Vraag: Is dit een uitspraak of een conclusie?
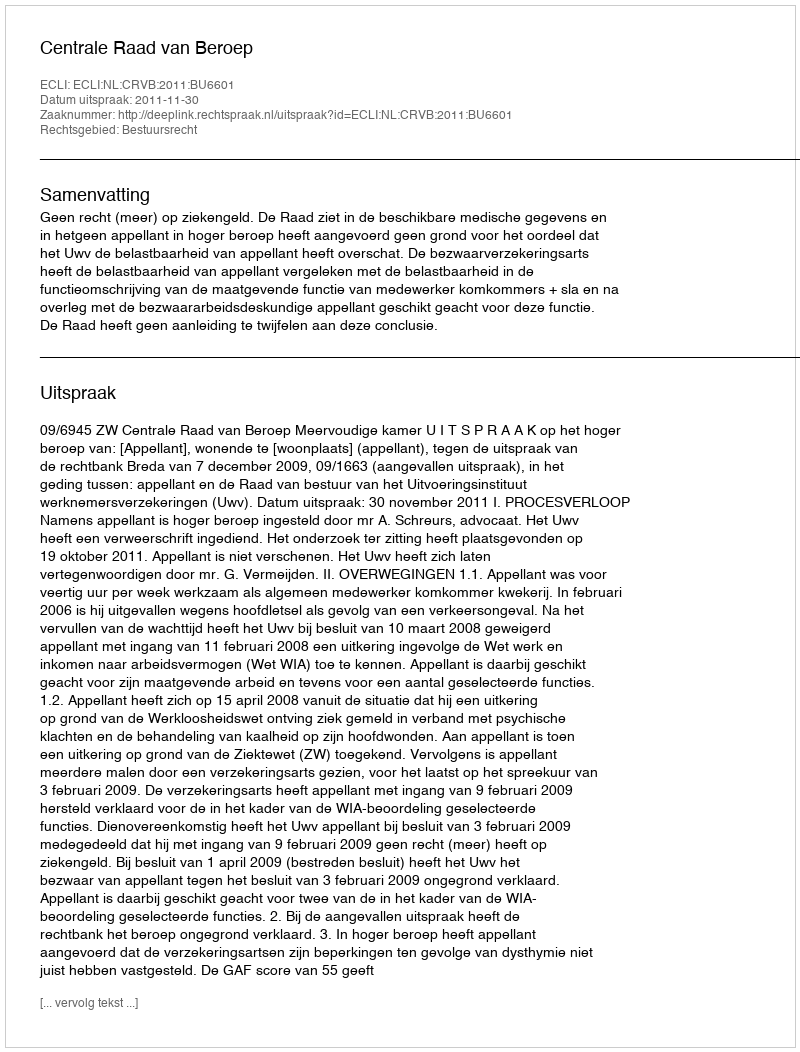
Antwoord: Uitspraak